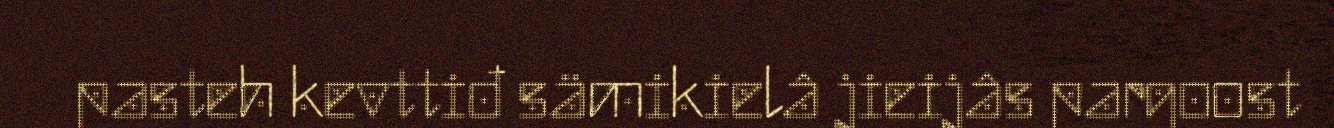
pasteh kevttiđ sämikielâ jieijâs pargoost